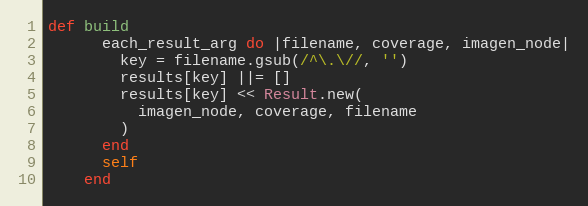
Language: Ruby
def build
      each_result_arg do |filename, coverage, imagen_node|
        key = filename.gsub(/^\.\//, '')
        results[key] ||= []
        results[key] << Result.new(
          imagen_node, coverage, filename
        )
      end
      self
    end